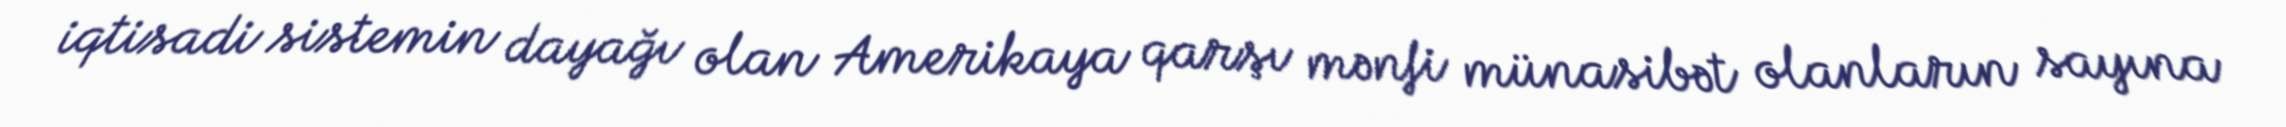
iqtisadi sistemin dayağı olan Amerikaya qarşı mənfi münasibət olanların sayına